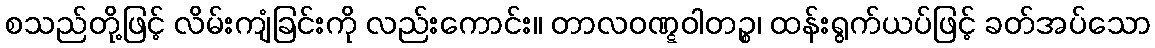
စသည်တို့ဖြင့် လိမ်းကျံခြင်းကို လည်းကောင်း။ တာလဝဏ္ဋဝါတဉ္စ၊ ထန်းရွက်ယပ်ဖြင့် ခတ်အပ်သော